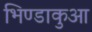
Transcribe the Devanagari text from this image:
भिण्डाकुआ